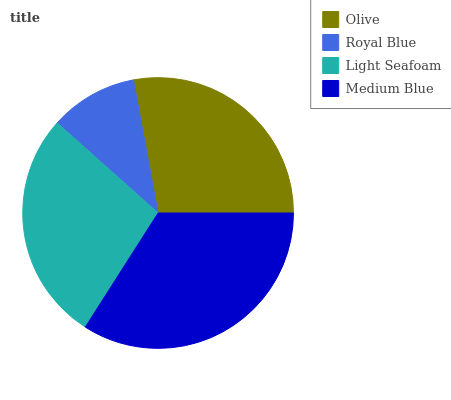
| Olive | Royal Blue | Light Seafoam | Medium Blue |
 | --- | --- | --- | --- |
 | 27.9% | 10.5% | 27.6% | 34.1% |